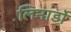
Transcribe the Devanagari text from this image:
लिनार्डो